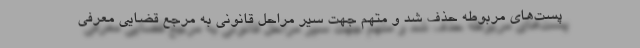
پست‌های مربوطه حذف شد و متهم جهت سیر مراحل قانونی به مرجع قضایی معرفی